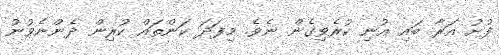
ފުށު އަރާ ބައި އުނި ކުރެވިގެން ނެވެ. މިފަދަ ކަންތައް ކުރިން ދެންނެވުނު